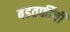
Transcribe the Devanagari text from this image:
बडतर्फीची